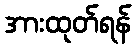
အားထုတ်ရန်